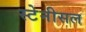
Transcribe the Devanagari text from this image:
स्टेनीसल